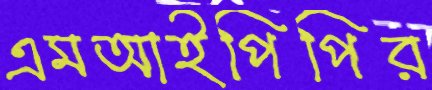
এমআইপিপির